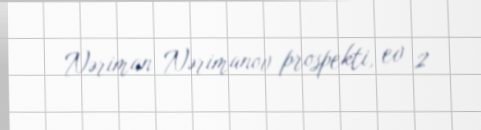
Nəriman Nərimanov prospekti, ev 2